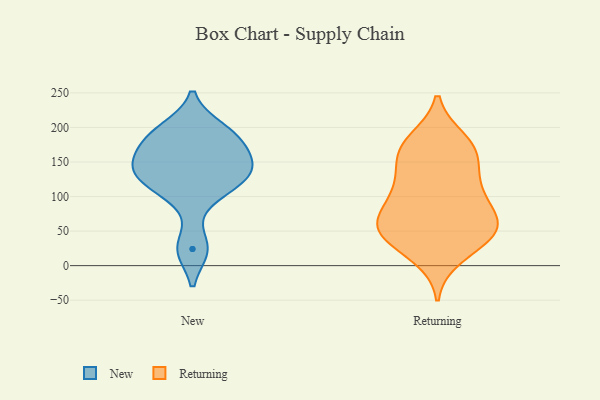
{"axis": {"x": "Energy Usage (MWh)", "y": "Value"}, "legend": ["New", "Returning"], "data": [{"x": "", "y": 100, "type": "New"}, {"x": "", "y": 133, "type": "New"}, {"x": "", "y": 187, "type": "New"}, {"x": "", "y": 134, "type": "New"}, {"x": "", "y": 159, "type": "New"}, {"x": "", "y": 115, "type": "New"}, {"x": "", "y": 180, "type": "New"}, {"x": "", "y": 146, "type": "New"}, {"x": "", "y": 138, "type": "New"}, {"x": "", "y": 198, "type": "New"}, {"x": "", "y": 126, "type": "New"}, {"x": "", "y": 167, "type": "New"}, {"x": "", "y": 24, "type": "New"}, {"x": "", "y": 24, "type": "New"}, {"x": "", "y": 196, "type": "New"}, {"x": "", "y": 117, "type": "Returning"}, {"x": "", "y": 60, "type": "Returning"}, {"x": "", "y": 31, "type": "Returning"}, {"x": "", "y": 165, "type": "Returning"}, {"x": "", "y": 181, "type": "Returning"}, {"x": "", "y": 71, "type": "Returning"}, {"x": "", "y": 56, "type": "Returning"}, {"x": "", "y": 14, "type": "Returning"}, {"x": "", "y": 101, "type": "Returning"}, {"x": "", "y": 43, "type": "Returning"}, {"x": "", "y": 62, "type": "Returning"}, {"x": "", "y": 55, "type": "Returning"}, {"x": "", "y": 102, "type": "Returning"}, {"x": "", "y": 154, "type": "Returning"}, {"x": "", "y": 166, "type": "Returning"}, {"x": "", "y": 50, "type": "Returning"}, {"x": "", "y": 120, "type": "Returning"}, {"x": "", "y": 175, "type": "Returning"}]}